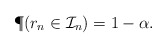
\begin{align*} \P(r_n\in\mathcal{I}_n)=1-\alpha.\end{align*}